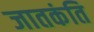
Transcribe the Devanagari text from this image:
जातकंति